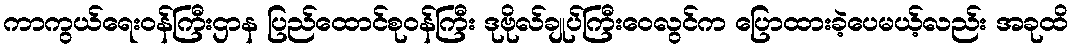
ကာကွယ်ရေးဝန်ကြီးဌာန ပြည်ထောင်စုဝန်ကြီး ဒုဗိုလ်ချုပ်ကြီးဝေလွင်က ပြောထားခဲ့ပေမယ့်လည်း အခုထိ